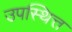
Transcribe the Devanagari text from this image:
उपस्थित्त